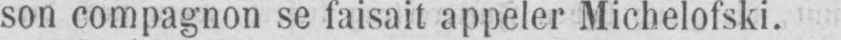
son compagnon se faisait appeler Michelofski.